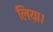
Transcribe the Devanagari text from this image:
लिय़ा।